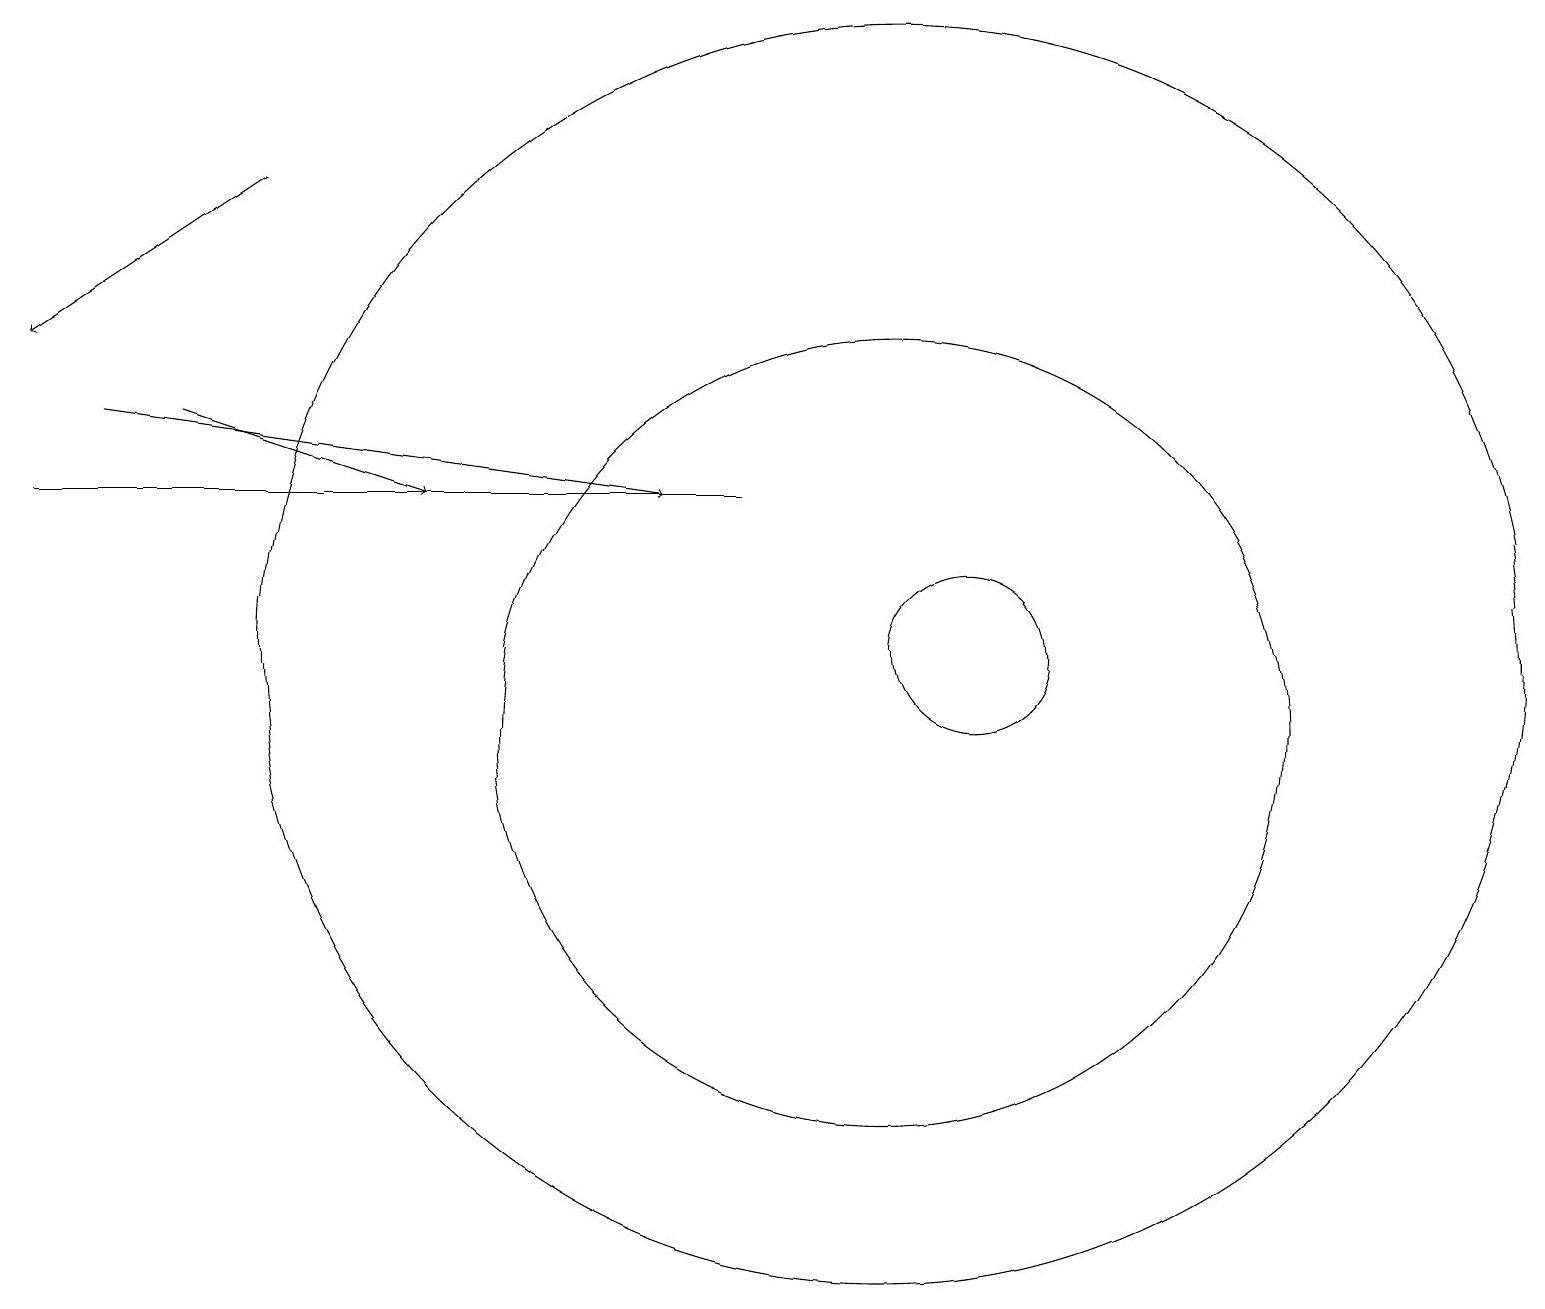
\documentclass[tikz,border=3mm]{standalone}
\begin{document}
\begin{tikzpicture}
\draw[->] (3,17) -- (0,15);
\draw[->] (2,14) -- (5,13);
\draw[->] (1,14) -- (8,13);
\draw (9,13) rectangle (0,13);
\draw (11,10) circle (5);
\draw (12,11) circle (1);
\draw (11,11) circle (8);
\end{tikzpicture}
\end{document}